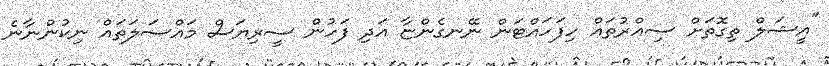
"އީޝަލް ތިގޮތަށް ސިއްރުތައް ހިފަހައްޓަން ނޭނގެންޏާ އަދި ފަހުން ސީރިޔަސް މައްސަލަތައް ނިކުންނާނެ